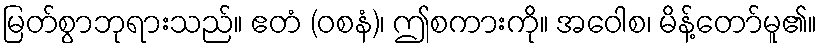
မြတ်စွာဘုရားသည်။ ဧတံ (ဝစနံ)၊ ဤစကားကို။ အဝေါစ၊ မိန့်တော်မူ၏။